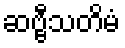
ဆဗ္ဗီသတိမံ